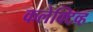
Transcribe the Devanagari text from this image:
कलेक्टिव्ह